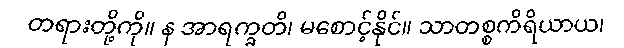
တရားတို့ကို။ န အာရက္ခတိ၊ မစောင့်နိုင်။ သာတစ္စကိရိယာယ၊